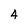
Character: 4